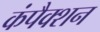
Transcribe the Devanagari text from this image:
कंपैक्शन